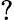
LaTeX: ?